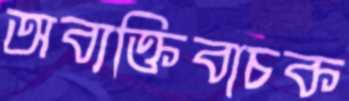
অব্যক্তিবাচক